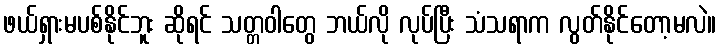
ဖယ်ရှားမပစ်နိုင်ဘူး ဆိုရင် သတ္တဝါတွေ ဘယ်လို လုပ်ပြီး သံသရာက လွတ်နိုင်တော့မလဲ။